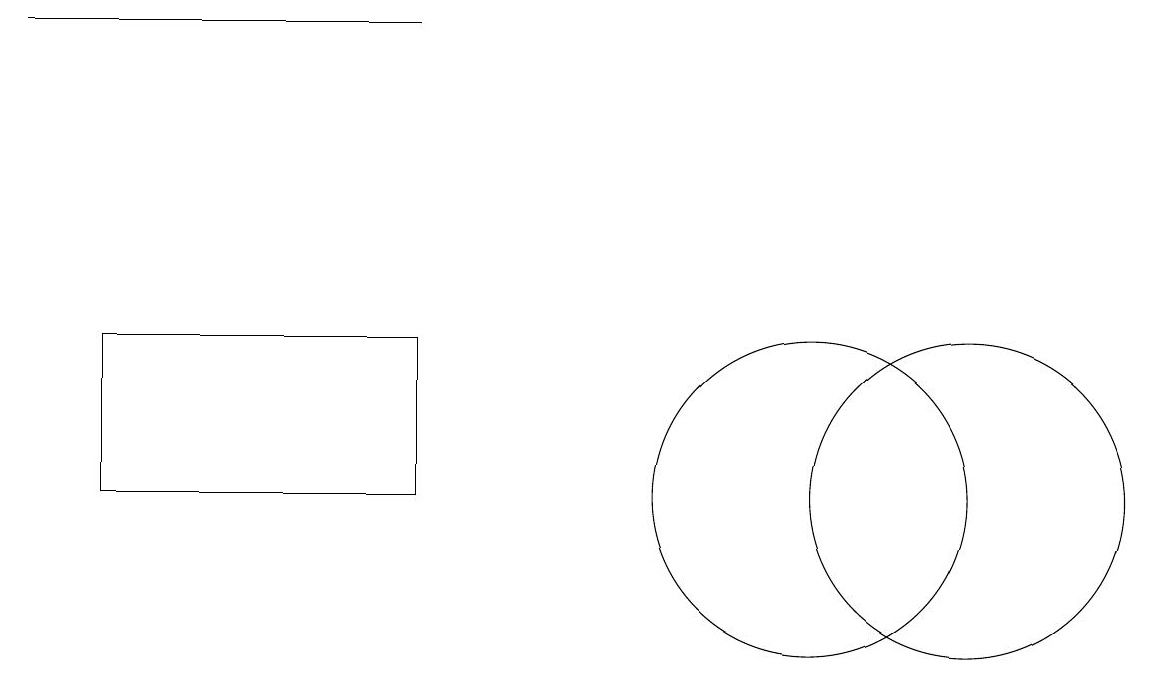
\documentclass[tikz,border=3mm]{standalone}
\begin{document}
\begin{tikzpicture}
\draw (1,12) rectangle (5,10);
\draw (0,16) rectangle (5,16);
\draw (1,10) rectangle (4,10);
\draw (12,10) circle (2);
\draw (10,10) circle (2);
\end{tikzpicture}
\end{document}